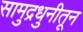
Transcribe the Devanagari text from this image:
सामुद्रधुनीतून